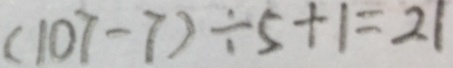
( 1 0 7 - 7 ) \div 5 + 1 = 2 1